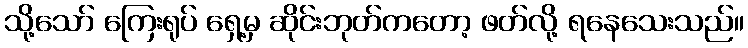
သို့သော် ကြေးရုပ် ရှေ့မှ ဆိုင်းဘုတ်ကတော့ ဖတ်လို့ ရနေသေးသည်။